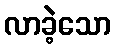
လာခဲ့သော